Vaccination report Assam 1896-1927 - 1896-1927
Year: 1896
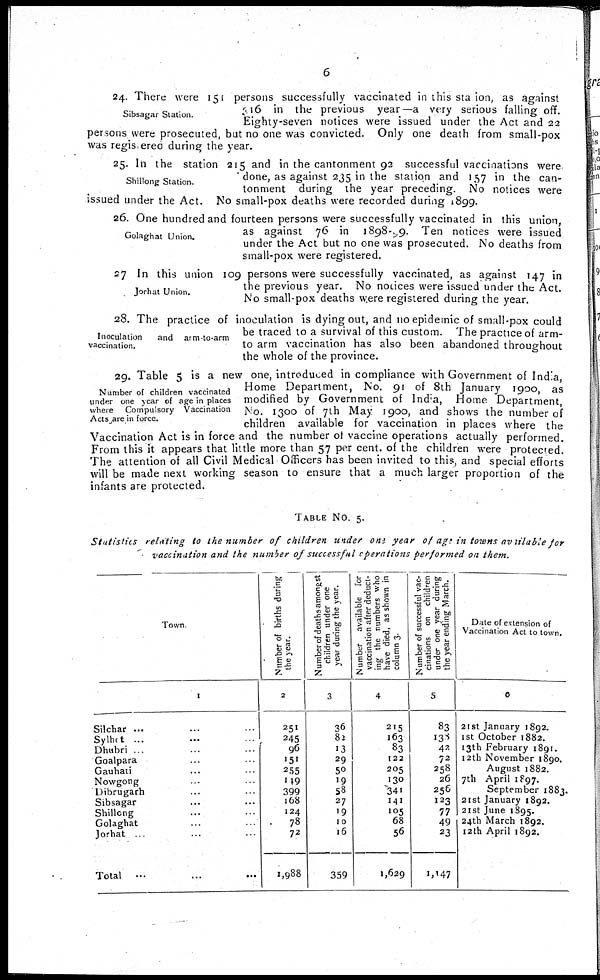
6
Sibsagar Station.
24. There were 151 persons successfully vaccinated in this station, as against
316 in the previous year—a very serious falling off.
Eighty-seven notices were issued under the Act and 22
persons were prosecuted, but no one was convicted. Only one death from small-pox
was registered during the year.
Shillong Station.
25. In the station 215 and in the cantonment 92 successful vaccinations were
done, as against 235 in the station and 157 in the can-
tonment during the year preceding. No notices were
issued under the Act. No small-pox deaths were recorded during 1899.
Golaghat Union.
26. One hundred and fourteen persons were successfully vaccinated in this union,
as against 76 in 1898-99. Ten notices were issued
under the Act but no one was prosecuted. No deaths from
small-pox were registered.
Jorhat Union.
27 In this union 109 persons were successfully vaccinated, as against 147 in
the previous year. No notices were issued under the Act.
No small-pox deaths were registered during the year.
Inoculation
and arm-to-arm
vaccination.
28. The practice of inoculation is dying out, and no epidemic of small-pox could
be traced to a survival of this custom. The practice of arm-
to arm vaccination has also been abandoned throughout
the whole of the province.
Number of children vaccinated
under one year of age in places
where Compulsory Vaccination
Acts are in force.
29. Table 5 is a new one, introduced in compliance with Government of India,
Home Department, No. 91 of 8th January 1900, as
modified by Government of India, Home Department,
No. 1300 of 7th May 1900, and shows the number of
children available for vaccination in places where the
Vaccination Act is in force and the number of vaccine operations actually performed.
From this it appears that little more than 57 per cent. of the children were protected.
The attention of all Civil Medical Officers has been invited to this, and special efforts
will be made next working season to ensure that a much larger proportion of the
infants are protected.
TABLE No. 5.
Statistics
relating
to the number
of children
under one year
of age in towns available
for
vaccination
and the number of successful
operations
performed
on them.
Town.
1
Silchar ... ... ...
Sylhct ... ... ...
Dhubri ... ... ...
Goalpara ... ...
Gauhati ... ...
Nowgong ... ...
Dibrugarh ... ...
Sibsagar ... ...
Shillong ... ...
Golaghat ... ...
Jorhat ... ... ...
Total ... ...
Number of births during
the year.
2
251
245
96
151
255
149
399
168
124
78
72
1,988
Number of deaths amongst
children under one
year during the year.
3
36
82
13
29
50
19
58
27
19
10
16
359
Number available for
vaccination after deduct-
ing the numbers who
have died, as shown in
column 3
4
215
163
83
122
205
130
341
141
105
68
56
1,629
Number of successful vac-
cinations on children
under one year during
the year ending March.
5
83
138
42
72
258
26
256
123
77
49
23
1,147
Date of extension of
Vaccination Act to town.
6
21st January 1892.
1st October 1882.
13th February 1891.
I2th November 1890.
August 1882.
7th April 1897.
September 1883.
21st January 1892.
21st June 1895.
24th March 1892.
12th April 1892.